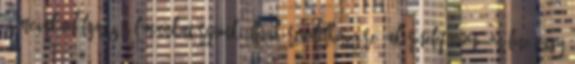
és megakadályozásáról Munkatársaink állnak rendelkezésére, akár telefonon, on-line vagy